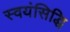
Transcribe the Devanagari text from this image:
स्वयंसिद्धि